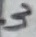
Text: 3